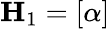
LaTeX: \mathbf{H}_{1}=\left[\alpha\right]